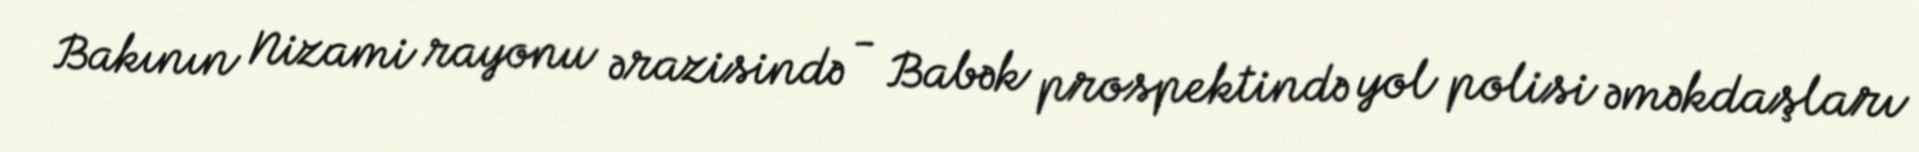
Bakının Nizami rayonu ərazisində - Babək prospektində yol polisi əməkdaşları